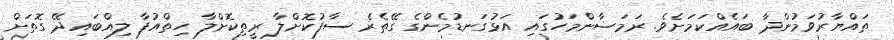
ތައްޔާރުވަމުންދާ ބައެއްކަމަށެވެ. ރަމަޟާންމަހުގައި އަޅުގަނޑުމެންގެ ގޭތެރެ ސާފުކޮށްލާ ރީތިކޮށްލާ ހިތްއުފާ ލިއްބައިދޭ ގޮތަށް